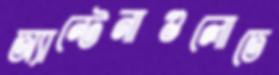
অ্যান্টেনাগুলোতে